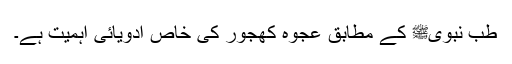
طب نبویﷺ کے مطابق عجوہ کھجور کی خاص ادویائی اہمیت ہے۔